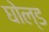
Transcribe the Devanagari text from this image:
घोल्ड